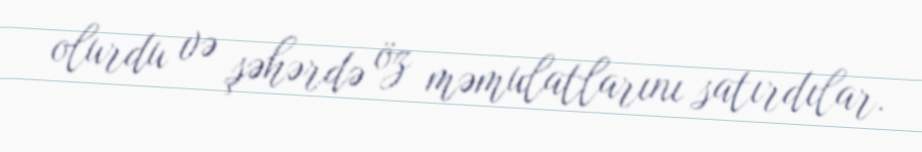
olurdu və şəhərdə öz məmulatlarını satırdılar.